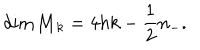
\mathrm { d i m } { \cal M } _ { k } = 4 h k - { \frac { 1 } { 2 } } n _ { - } .